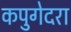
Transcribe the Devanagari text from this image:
कपुगेदरा